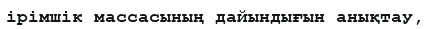
ірімшік массасының дайындығын анықтау,